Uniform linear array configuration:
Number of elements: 4
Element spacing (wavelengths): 0.25
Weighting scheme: hamming
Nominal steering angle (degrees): -15
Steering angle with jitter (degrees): -13.204
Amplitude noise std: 0.05
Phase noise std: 0.05

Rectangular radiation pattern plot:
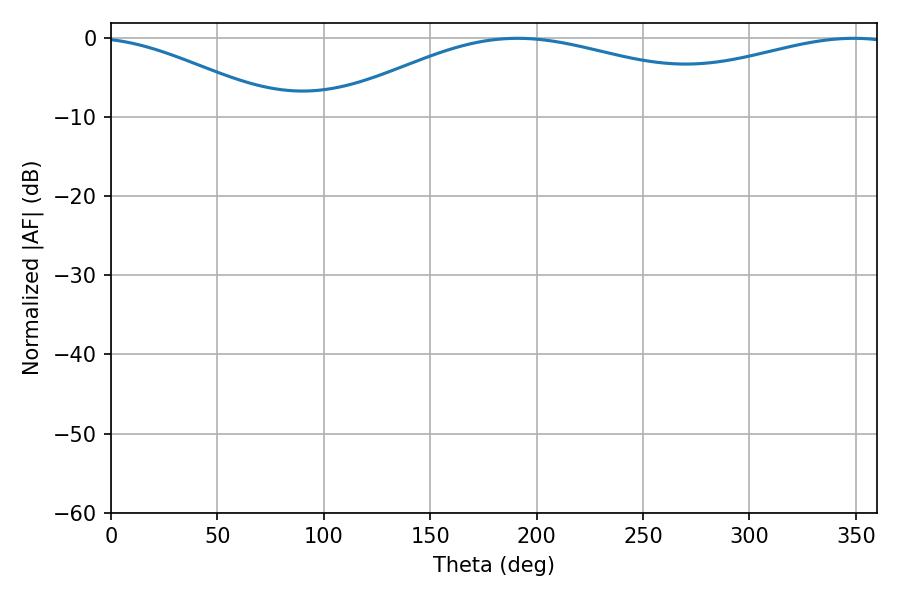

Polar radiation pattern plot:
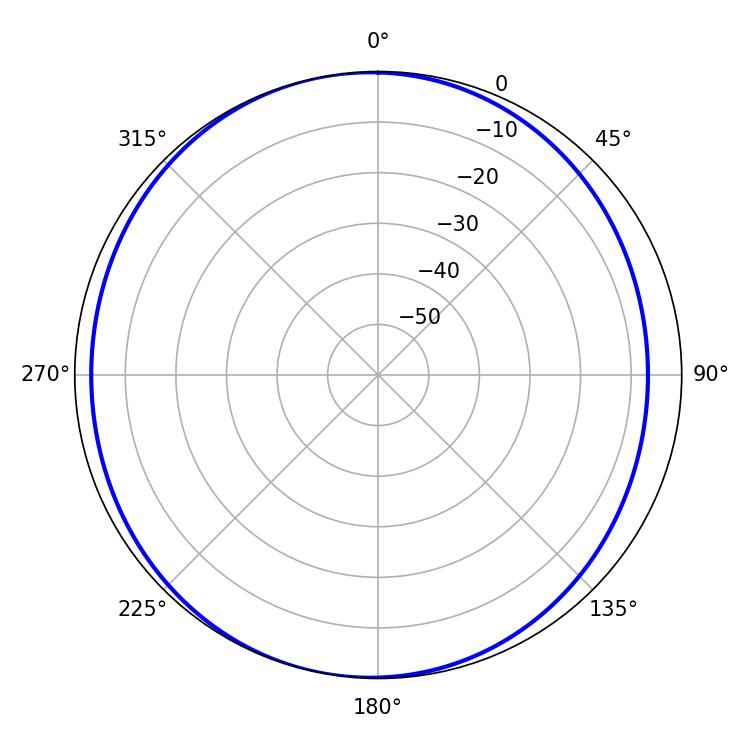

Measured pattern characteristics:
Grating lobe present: FALSE
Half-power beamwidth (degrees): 113.4
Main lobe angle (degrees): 190.98